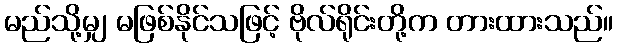
မည်သို့မျှ မဖြစ်နိုင်သဖြင့် ဗိုလ်ရိုင်းတို့က တားထားသည်။